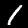
Label: 1